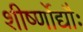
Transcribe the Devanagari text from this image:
शीर्ष्णोद्यौः